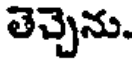
తెచ్చెను.